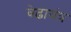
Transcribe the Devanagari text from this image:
वेढायंत्र